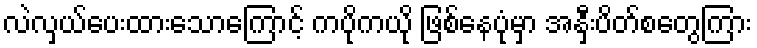
လဲလှယ်ပေးထားသောကြောင့် ကပိုကယို ဖြစ်နေပုံမှာ အနှီးပိတ်စတွေကြား